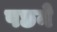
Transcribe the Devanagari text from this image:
पछने